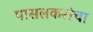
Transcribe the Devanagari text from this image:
पासलकरांचा